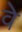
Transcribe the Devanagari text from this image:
वेे